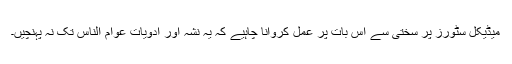
میڈیکل سٹورز پر سختی سے اس بات پر عمل کروانا چاہیے کہ یہ نشہ آور ادویات عوام الناس تک نہ پہنچیں۔